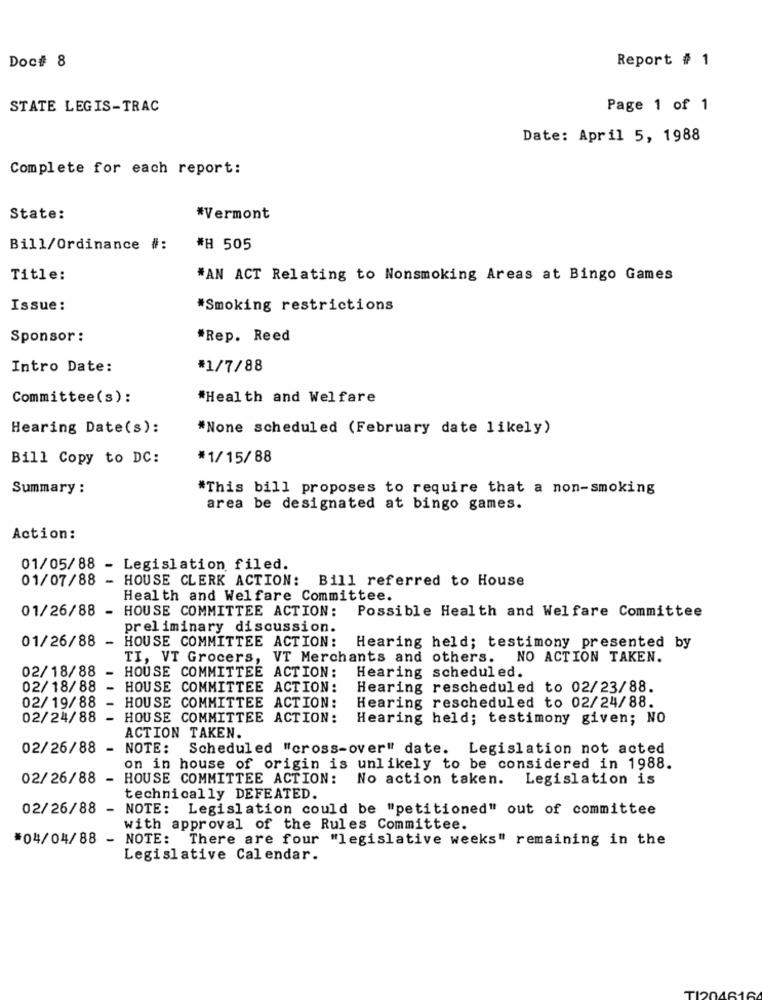
Doc# 8
Report # 1
STATE LEGIS-TRAC
Page 1 of 1
Date: April 5, 1988
Complete for each report:
State:
*Vermont
Bill/Ordinance #:
## 505
Title:
*AN ACT Relating to Nonsmoking Areas at Bingo Games
Issue:
*Smoking restrictions
Sponsor :
*Rep. Reed
Intro Date:
*1/7/88
Committee(s):
*Health and Welfare
Hearing Date(s):
*None scheduled (February date likely)
Bill Copy to DC:
*1/15/88
Summary :
"This bill proposes to require that a non-smoking
area be designated at bingo games.
Action:
01/05/88 -
Legislation filed.
01/07/88
-
HOUSE CLERK ACTION: Bill referred to House
Health and Welfare Committee.
01/26/88
-
HOUSE COMMITTEE ACTION:
Possible Health and Welfare Committee
preliminary discussion.
01/26/88
-
HOUSE COMMITTEE ACTION:
Hearing held; testimony presented by
TI, VT Grocers, VT Merchants and others. NO ACTION TAKEN.
02/18/88
Hearing scheduled.
- HOUSE COMMITTEE ACTION:
02/18/88
- HOUSE COMMITTEE ACTION:
Hearing rescheduled to 02/23/88.
02/ 19/88
- HOUSE COMMITTEE ACTION:
Hearing rescheduled to 02/24/88.
02/24/88
-
HOUSE COMMITTEE ACTION:
Hearing held; testimony given; NO
ACTION TAKEN.
02/26/88 - NOTE: Scheduled "cross-over" date. Legislation not acted
on in house of origin is unlikely to be considered in 1988.
02/26/88 -
HOUSE COMMITTEE ACTION:
No action taken. Legislation is
technically DEFEATED.
02/26/88 - NOTE: Legislation could be "petitioned" out of committee
with approval of the Rules Committee.
#04/04/88 - NOTE: There are four "legislative weeks" remaining in the
Legislative Calendar.